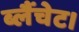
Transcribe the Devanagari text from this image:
ब्लैंचेट।